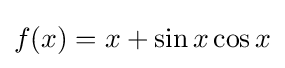
f(x)=x+\sin x\cos x